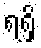
ရရှိ